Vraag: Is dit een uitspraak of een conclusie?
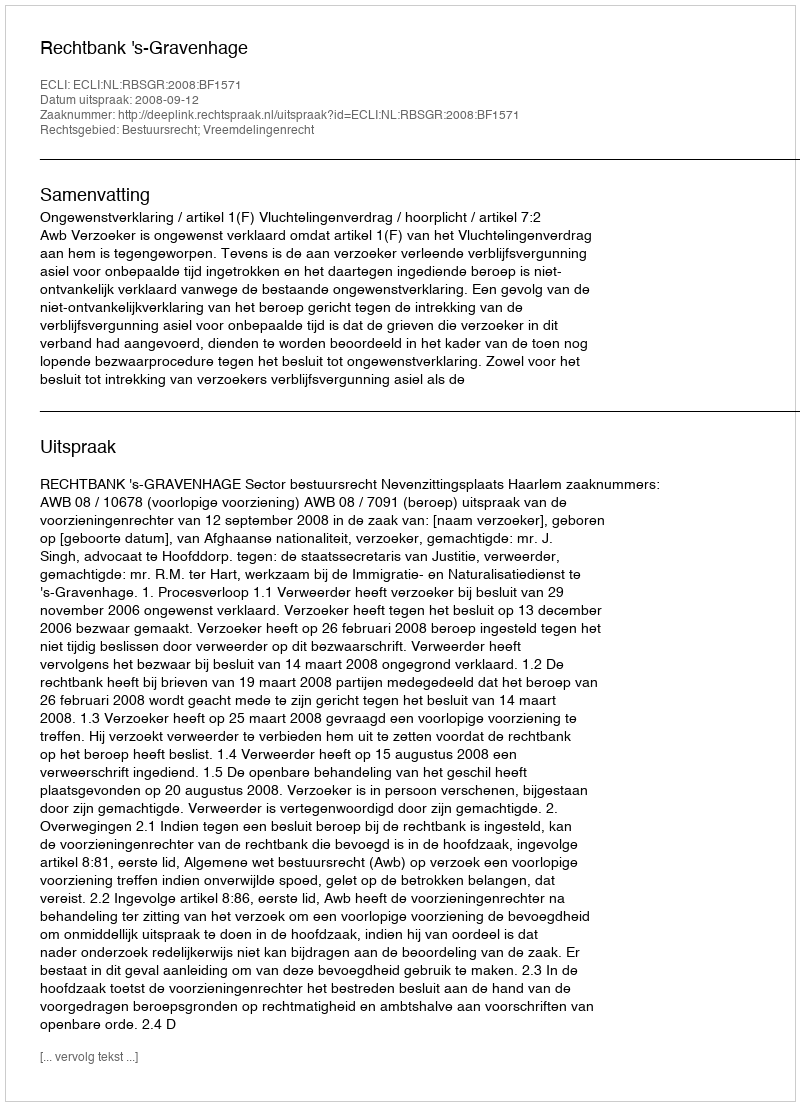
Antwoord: Uitspraak